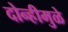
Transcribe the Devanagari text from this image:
दोन्हीमुळे